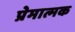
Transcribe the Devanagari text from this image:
प्रेमात्मक